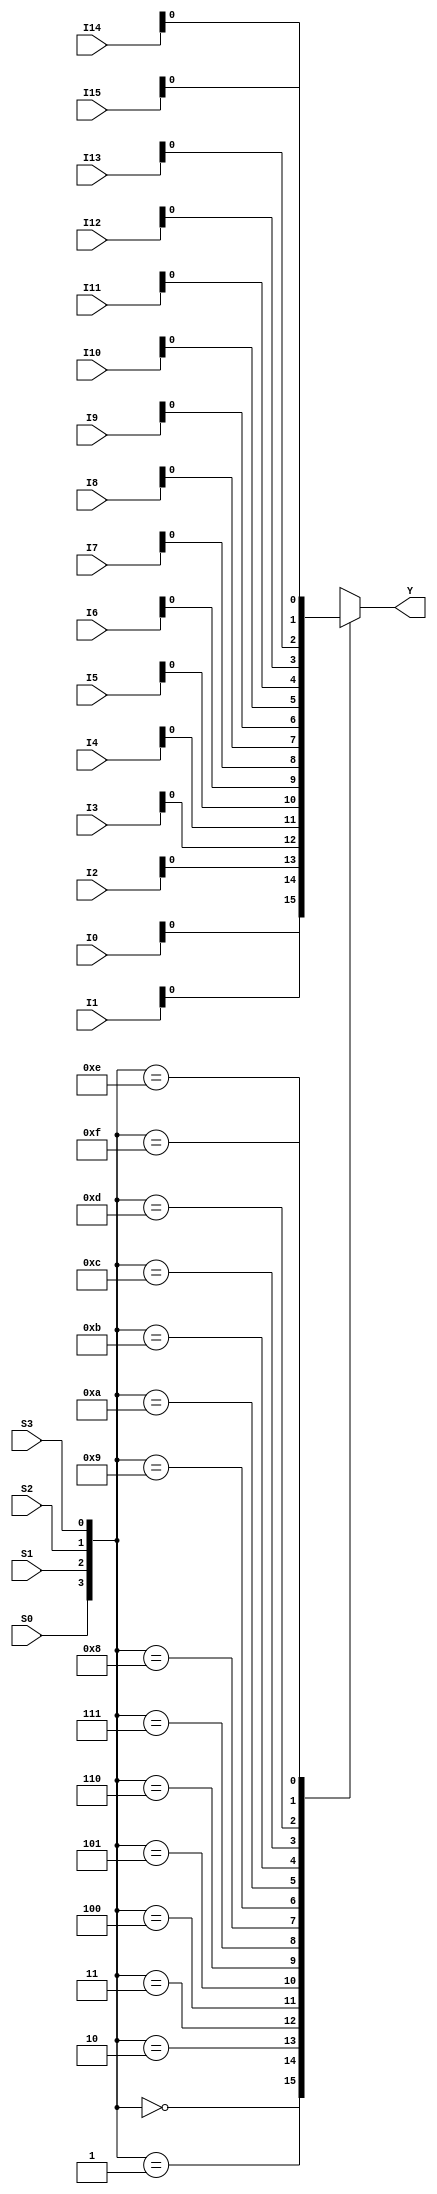
module mux_16to1(I0, I1, I2, I3, I4, I5, I6, I7, I8, I9, I10, I11, I12, I13, I14, I15, S0, S1, S2, S3, Y);

output reg Y;
input [7:0] I0, I1, I2, I3, I4, I5, I6, I7, I8, I9, I10, I11, I12, I13, I14, I15;
input S0, S1, S2, S3;

always @ (*) begin

case ({S0, S1, S2, S3})
    4'b0000 : Y = I0;
    4'b0001 : Y = I1;
    4'b0010 : Y = I2;
    4'b0011 : Y = I3;
    4'b0100 : Y = I4;
    4'b0101 : Y = I5;
    4'b0110 : Y = I6;
    4'b0111 : Y = I7;
    4'b1000 : Y = I8;
    4'b1001 : Y = I9;
    4'b1010 : Y = I10;
    4'b1011 : Y = I11;
    4'b1100 : Y = I12;
    4'b1101 : Y = I13;
    4'b1110 : Y = I14;
    4'b1111 : Y = I15;
    
endcase

end

endmodule